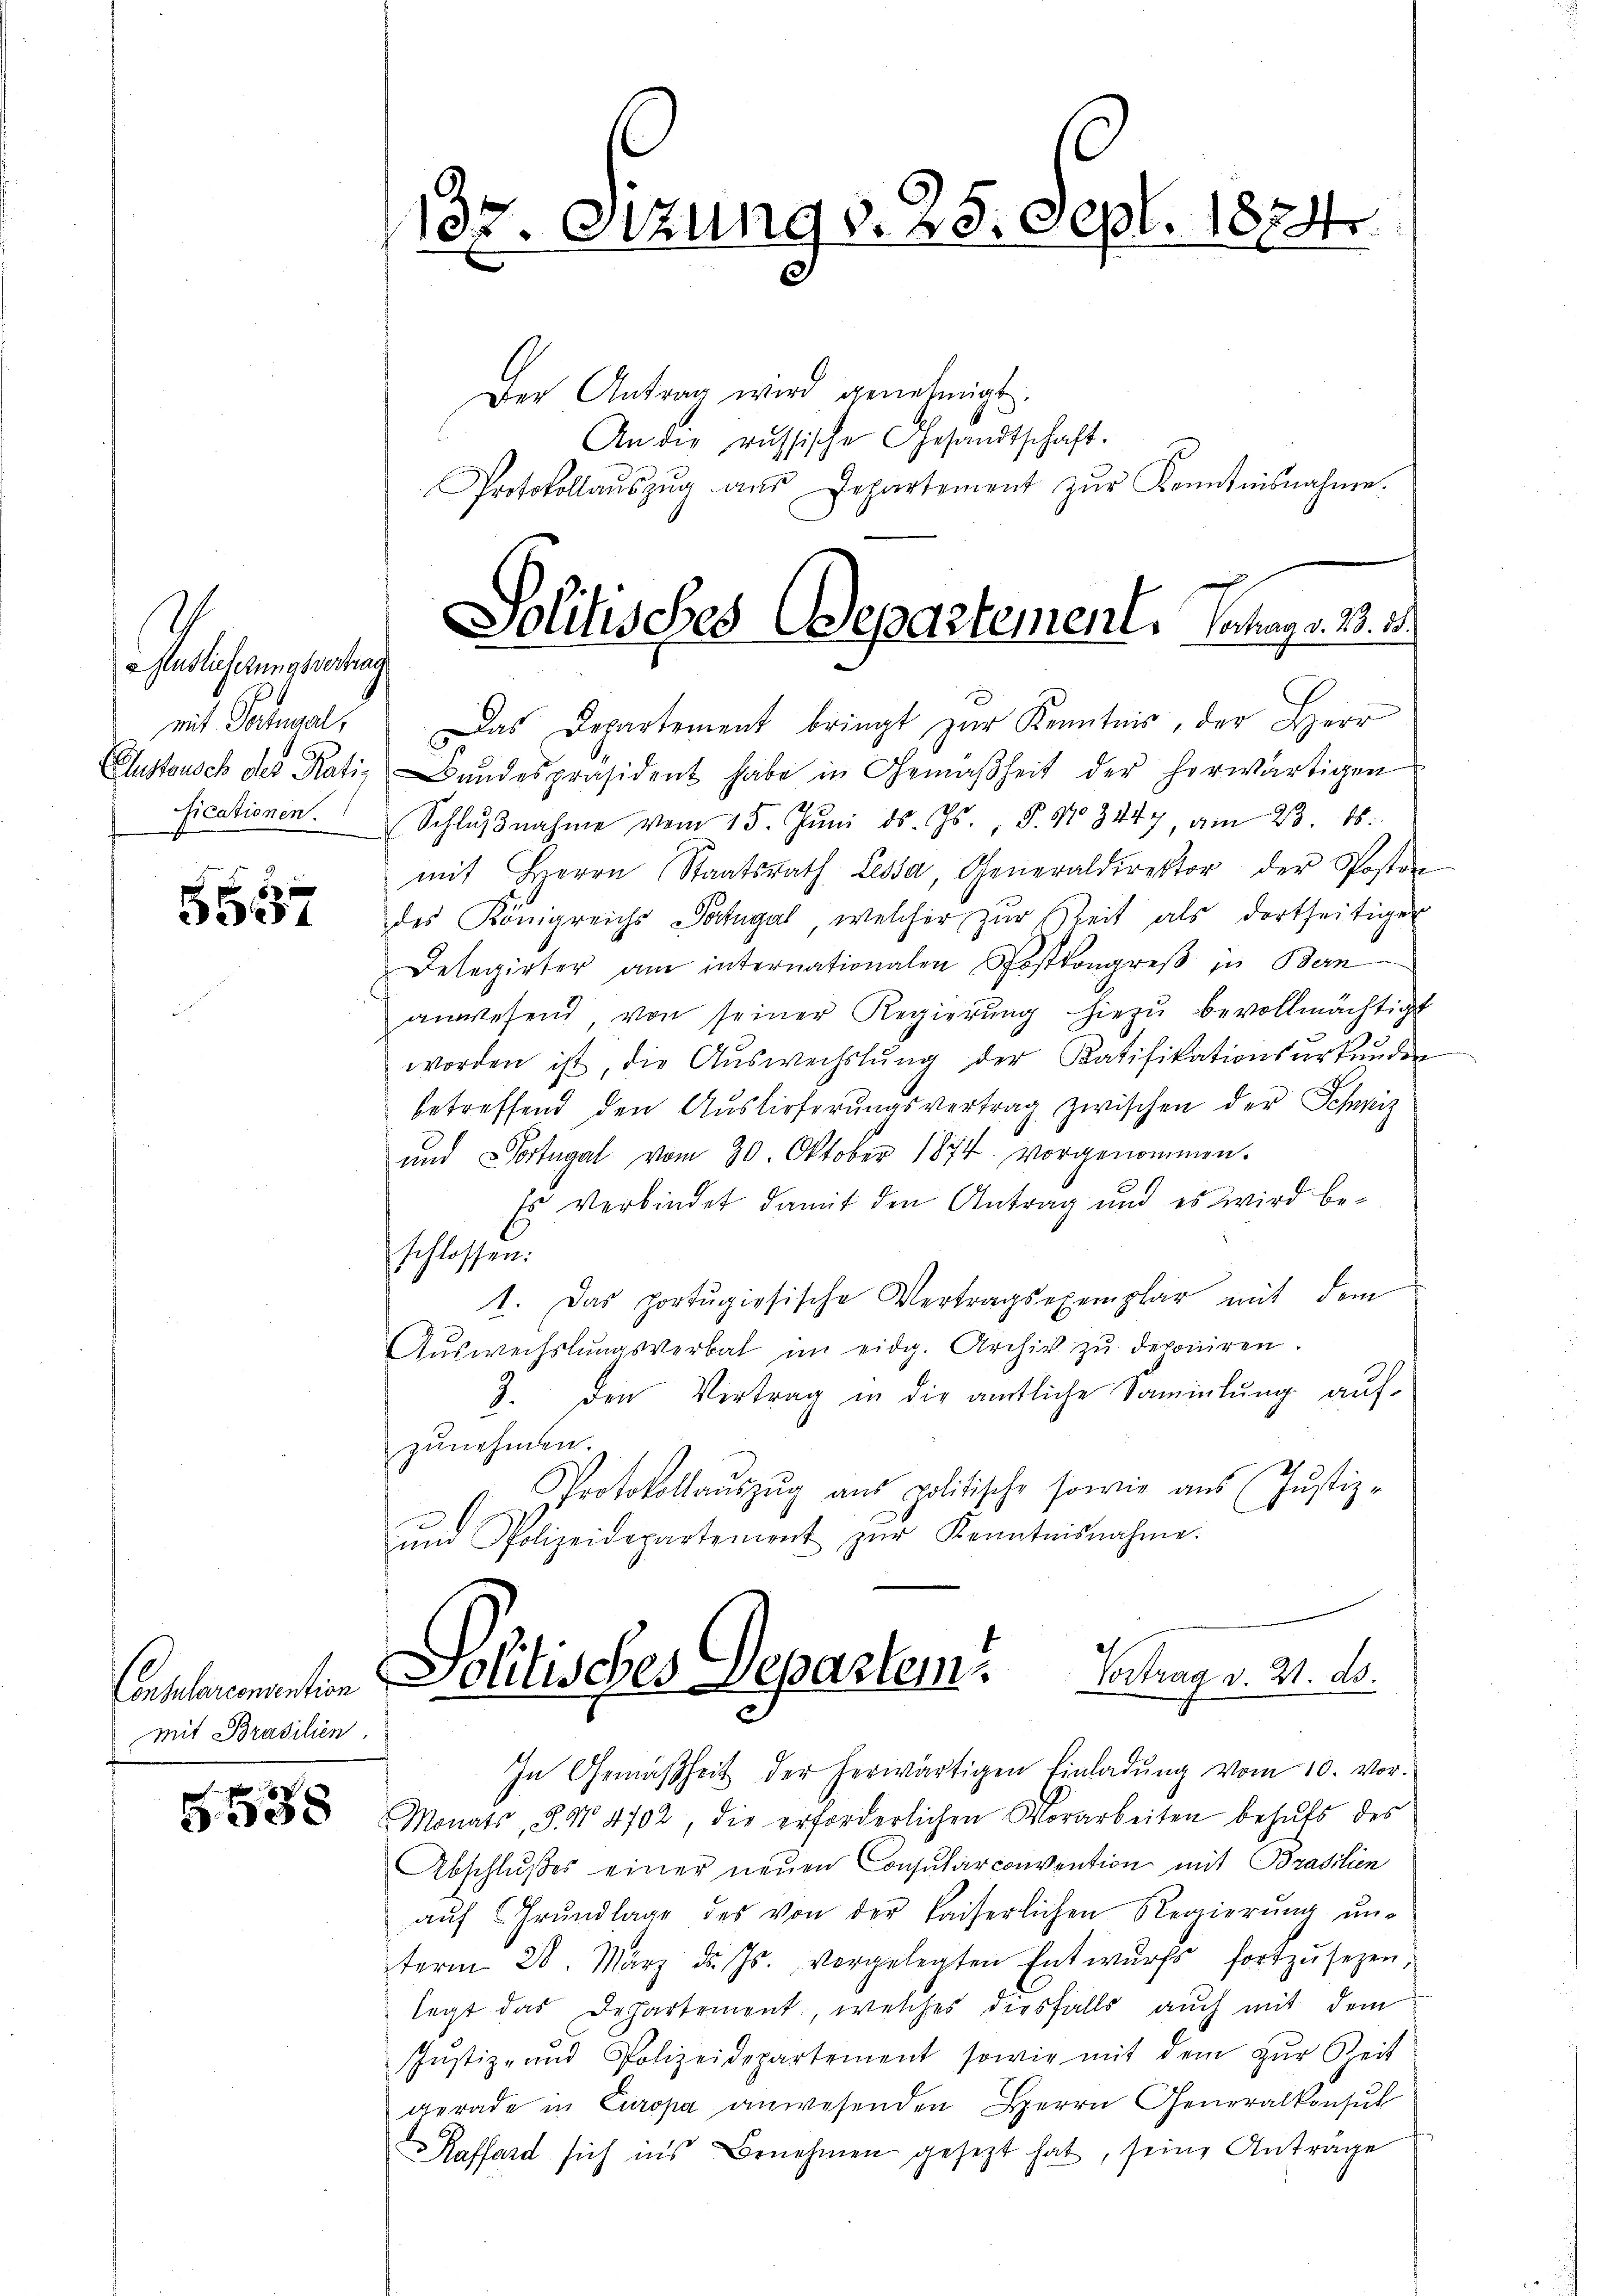
E

Auslieferungsvertrag

5557

Mit Brasilien.

5538

mit Portugal. Das Departement bringt zur Kenntnis, der Herr
Gustausch der Rati- Bŭndespräsident habe in Gemäßheit der herwärtigen
ficationen. Schlŭβnahme vom 15. Jŭni d. Js., S. No 3447, am 23. ds.
mit Herrn Staatsrath Lissa, Generaldirektor der Posten
des Königreichs-Patugal, welcher zur Zeit als dortseitiger
Delegirter am internationalen Postkongreβ in Bern
anwesend von seiner Regierŭng hiezŭ bevollmächtigt
worden ist, die Aŭswechslung der Ratifikationsŭrkŭnden
betreffend den Auslieferŭngsvertrag zwischen der Schweiz
und Portugal vom 30. Oktober 1874 vorgenommen.
Es verbindet damit den Antrag und es wird beschlossen.
1. Das portugisische Vertragsexemplar mit dem
Aŭswechslungsverbat im eidg. Archiv zŭ deponiren.
3. den Vertrag in die amtliche Sammlung auf-
zunehmen.
Protokollaŭszŭg ans politische sowie aŭs (Justiz-
ŭnd Polizeidepartement zŭr Kenntnisnahme.
Ant. Politisches Departem Ertrag v. M. D.
In Gemäßheit der herwärtigen Einladŭng vom 10. vor-
Monats, S. No. 4702, die erforderlichen Vorarbeiten behŭfs des
Abschlußes einer neuen Consularconvention mit Brasilien
aŭf Grŭndlage des von der kaiserlichen Regierŭng ŭn-
term 28. März d. Js. vorgelegten Entwŭrfs fortzŭsezen
legt das Departement, welches diesfalls auch mit dem
Jŭstiz- und Polizeidepartement sowie mit dem zŭr Zeit
gerade in Curopa anwesenden Herrn Generalkonsul
Kaffend sich ins Benehmen gesezt hat, seine Antrage

135. Sitzung v. 25. Sept. 1874.

Der Antrag wird genehmigt.
An die russische Gesandtschaft.
Protokollaŭszŭg aŭs Departement zŭr Kenntnisnahme.

Politisches Departement. Sonags. 25. d.